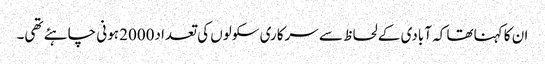
ان کا کہناتھا کہ آبادی کے لحاظ سے سرکاری سکولوں کی تعداد2000 ہونی چاہئے تھی۔